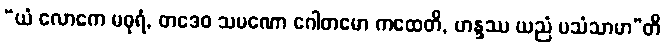
“ယံ လောကေ မဓုရံ, တဒေဝ သမဏော ဂေါတမော ကထေတိ, ဟန္ဒဿ ယညံ ပသံသာမာ”တိ